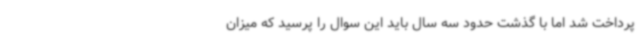
پرداخت شد اما با گذشت حدود سه سال باید این سوال را پرسید که میزان